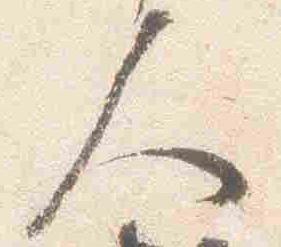
人